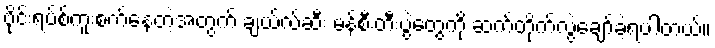
ဗိုင်းရပ်စ်ကူးစက်နေတဲ့အတွက် ချယ်လ်ဆီး မန်စီးတီးပွဲတွေကို ဆက်တိုက်လွဲချော်ခဲ့ရပါတယ်။